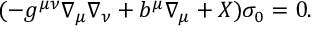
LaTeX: ( - g ^ { \mu \nu } \nabla _ { \mu } \nabla _ { \nu } + b ^ { \mu } \nabla _ { \mu } + X ) \sigma _ { 0 } = 0 .